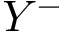
Y ^ { - }